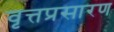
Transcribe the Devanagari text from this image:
वृत्तप्रसारण